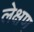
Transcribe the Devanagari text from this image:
लेक्षण